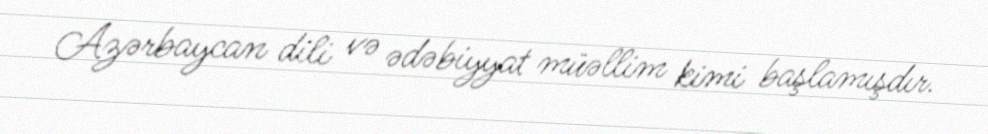
Azərbaycan dili və ədəbiyyat müəllim kimi başlamışdır.